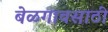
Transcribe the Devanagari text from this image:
बेळगावसाठी